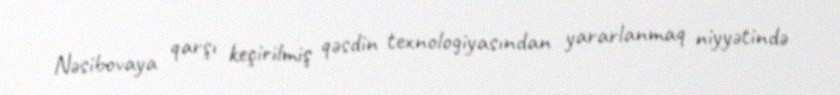
Nəsibovaya qarşı keçirilmiş qəsdin texnologiyasından yararlanmaq niyyətində